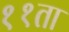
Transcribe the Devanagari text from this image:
११ता